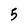
Character: 5